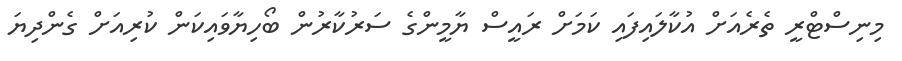
މިނިސްޓްރީ ތެރެއަށް އުކާލައިފައި ކަމަށް ރައީސް ޔާމީންގެ ސަރުކާރުން ބޯހިޔާވައިކަން ކުރިއަށް ގެންދިޔަ